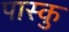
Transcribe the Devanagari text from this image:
पास्कु